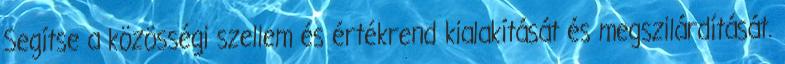
Segítse a közösségi szellem és értékrend kialakítását és megszilárdítását.